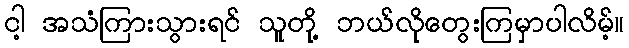
ငါ့ အသံကြားသွားရင် သူတို့ ဘယ်လိုတွေးကြမှာပါလိမ့်။